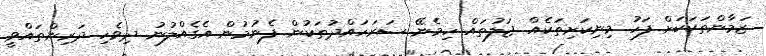
ޒަމާންތަކަކަށް ފަހު މިނިކަށިތަކެއް ޖަލުތައް ހިމެނޭ ސަރަހައްދުތަކުން ފެނުމުން އެގެއްލުނު ދިވެހި ދަރިންތައްވީ